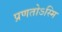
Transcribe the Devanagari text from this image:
प्रणतोऽस्मि